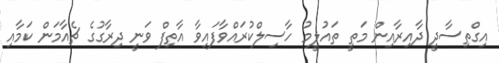
އިގްތިސާދީ ދާއިރާއިން މަތީ ތައުލީމު ހާސިލްކުރައްވާފައިވާ އާތިފް ވަނީ ދިރާގުގެ ޗެއާމަން ކަމާއި